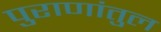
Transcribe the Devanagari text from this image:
पुराणांतुल